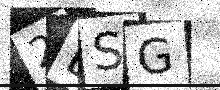
Text: 2ESG